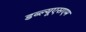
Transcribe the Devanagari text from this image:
डब्ल्यूएसएम